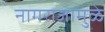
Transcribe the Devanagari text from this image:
नागराजामुळे